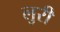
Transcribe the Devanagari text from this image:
लुरी